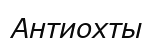
Антиохты